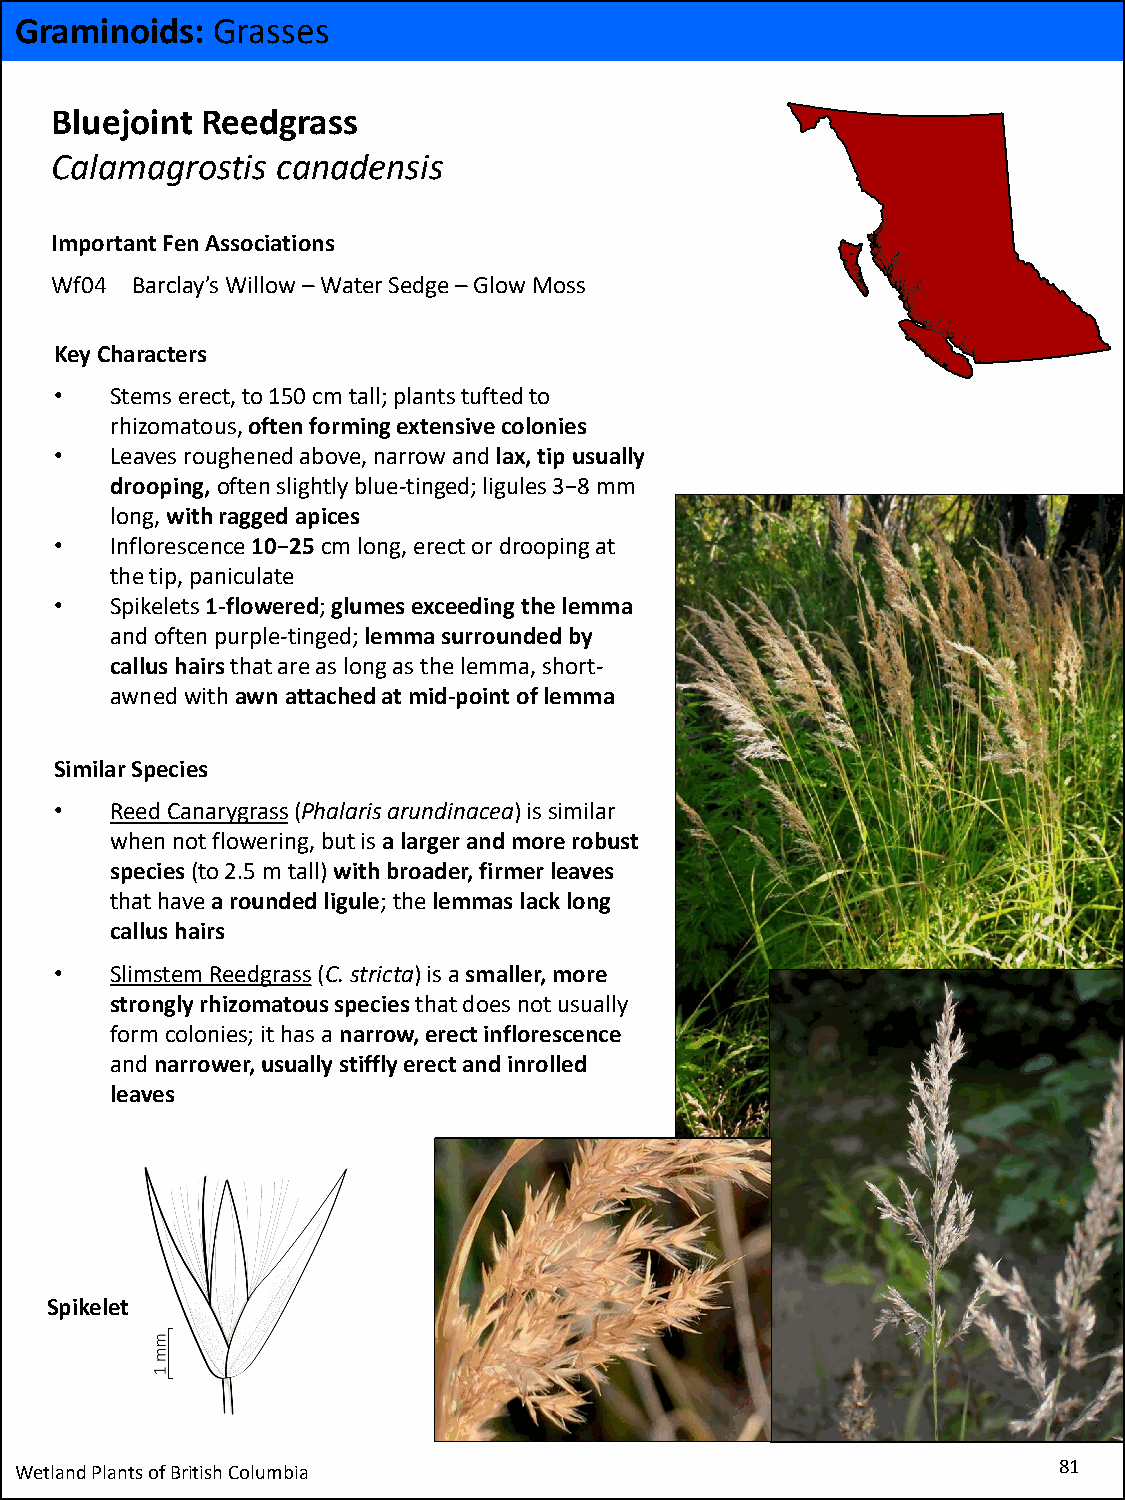
Graminoids:  Grasses
 Bluejoint Reedgrass
 Calamagrostis  canadensis
 Important Fen Associations
 Wf04  Barclay’s Willow –Water Sedge –Glow Moss
 Key Characters
 •  Stems erect, to 150 cm tall; plants tufted to
 rhizomatous, often forming extensive colonies
 •  Leaves roughened above, narrow and lax, tip usually
 drooping, often slightly blue-tinged; ligules 3−8 mm
 long, with ragged apices
 •  Inflorescence 10−25cm long, erect or drooping at
 the tip, paniculate
 •  Spikelets1-flowered; glumes exceeding the lemma
 and often purple-tinged; lemma surrounded by
 callus hairs that are as long as the lemma, short-
 awnedwith awn attached at mid-point of lemma
 Similar Species
 •  Reed Canarygrass(Phalarisarundinacea) is similar
 when not flowering, but is a larger and more robust
 species(to 2.5 m tall) with broader, firmer leaves
 that have a rounded ligule; the lemmas lack long
 callus hairs
 •  SlimstemReedgrass(C. stricta) is a smaller, more
 strongly rhizomatous species that does not usually
 form colonies; it has a narrow, erect inflorescence
 and narrower, usually stiffly erect and inrolled
 leaves
 Spikelet
 Wetland Plants of British Columbia                                   81